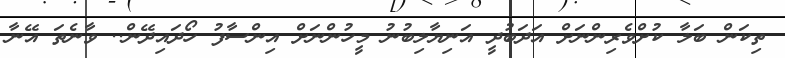
ތިކަން ބަލާ ކުށްވެރިންނަށް އަދަބުދީ އަނިޔާލިބުނު މީހުންނަށް އިންސާފު ހޯދައިދޭން.. ވާނެތަ އޭނާ